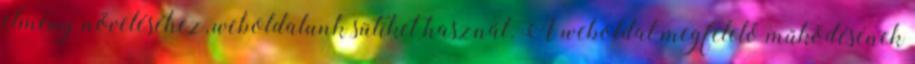
élmény növeléséhez, weboldalunk sütiket használ. A weboldal megfelelő működésének